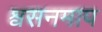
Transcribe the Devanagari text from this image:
श्वसनमाप